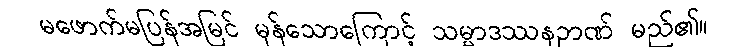
မဖောက်မပြန်အမြင် မှန်သောကြောင့် သမ္မာဒဿနဉာဏ် မည်၏။